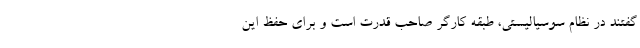
‌گفتند در نظام سوسیالیستی، طبقه كارگر صاحب قدرت است و برای حفظ این